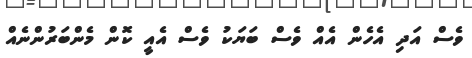
ވެސް އަދި އެހެން އެއް ވެސް ބަޔަކު ވެސް އެއީ ކޮން މެންބަރުންނެއް